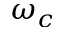
\omega _ { c }